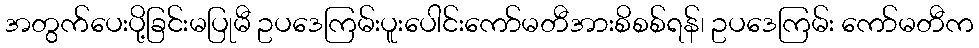
အတွက်ပေးပို့ခြင်းမပြုမီ ဥပဒေကြမ်းပူးပေါင်းကော်မတီအားစိစစ်ရန်၊ ဥပဒေကြမ်း ကော်မတီက